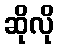
ဆိုလို